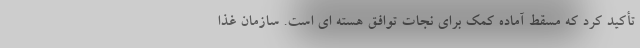
تأکید کرد که مسقط آماده کمک برای نجات توافق هسته ای است. سازمان غذا